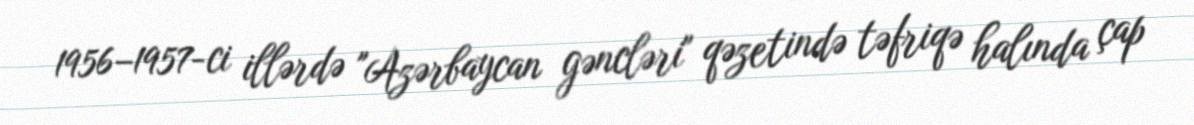
1956–1957-ci illərdə "Azərbaycan gəncləri" qəzetində təfriqə halında çap